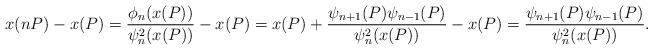
LaTeX: \begin{align*}x(nP)-x(P)=\frac{\phi_n(x(P))}{\psi_n^2(x(P))}-x(P)=x(P)+\frac{\psi_{n+1}(P)\psi_{n-1}(P)}{\psi_n^2(x(P))}-x(P)=\frac{\psi_{n+1}(P)\psi_{n-1}(P)}{\psi_n^2(x(P))}.\end{align*}